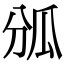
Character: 𤫫